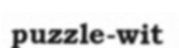
puzzle-wit